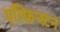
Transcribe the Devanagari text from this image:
एल्फ़िन्स्टन